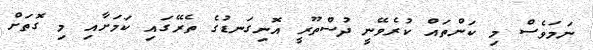
ނަމަވެސް މި ކަންތައް ކުރެވޭނީ ދުސްތޫރީ އޮނިގަނޑުގެ ތެރޭގައި ކަމަށާއި މި ގޮތަށް